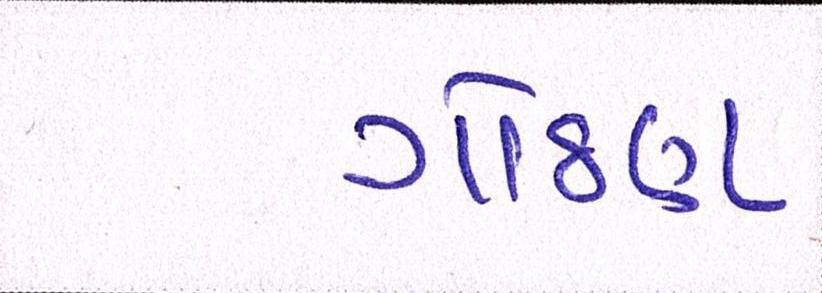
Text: ગોઠણ